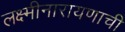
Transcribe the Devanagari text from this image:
लक्ष्मीनारायणाची